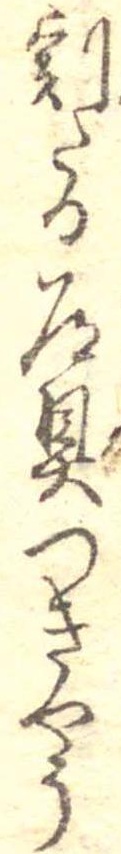
割たる道具つきやう